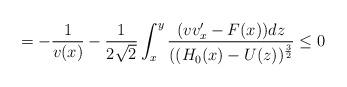
LaTeX: \begin{align*}=-\frac{1}{v(x)}-\frac{1}{2\sqrt{2}}\int_{x}^{y}\frac{(vv_{x}'-F(x))dz}{((H_{0}(x)-U(z))^{\frac{3}{2}}}\leq0\end{align*}